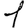
Digit: 1